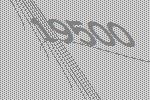
19500